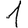
Digit: 1